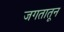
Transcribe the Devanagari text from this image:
जगतातून